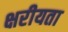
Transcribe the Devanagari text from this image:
क्षरीयता